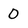
Character: O